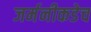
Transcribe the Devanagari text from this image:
जर्मनीकडेच